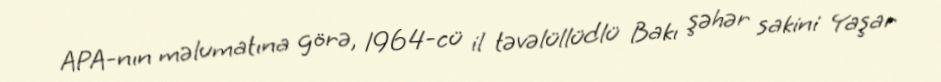
APA-nın məlumatına görə, 1964-cü il təvəlüllüdlü Bakı şəhər sakini Yaşar